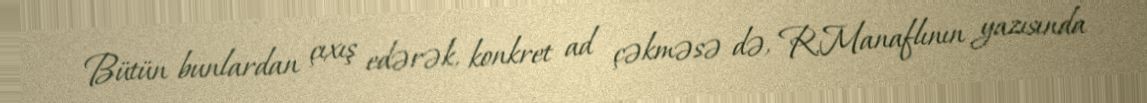
Bütün bunlardan çıxış edərək, konkret ad çəkməsə də, R.Manaflının yazısında